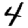
Digit: 4